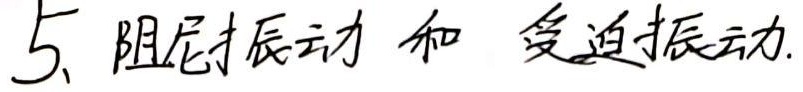
5、阻尼振动和受迫振动.